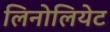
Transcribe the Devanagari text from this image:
लिनोलियेट